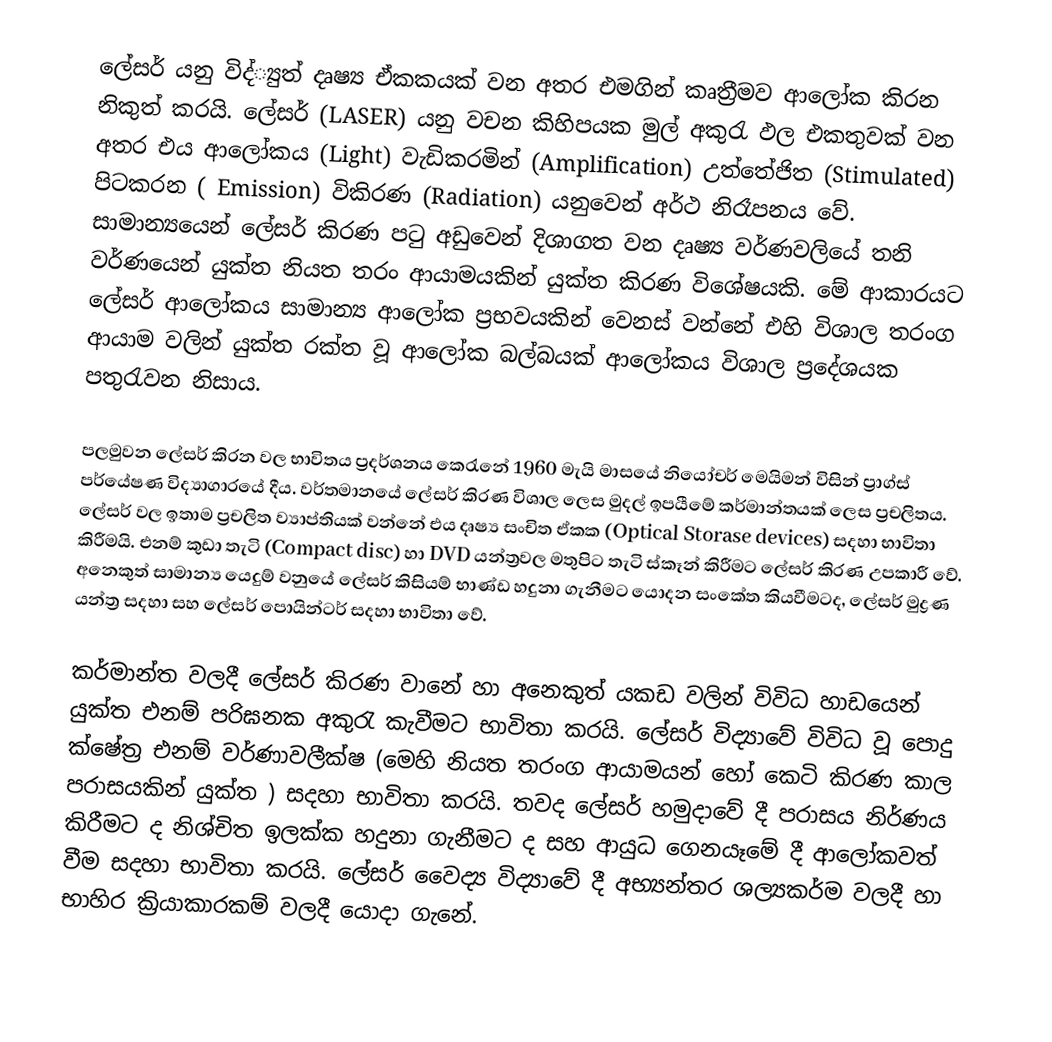
ලේසර් යනු විද්්‍යුත් දෘෂ්‍ය ඒකකයක් වන අතර එමගින් කෘත්‍රීමව ආලෝක කිරන නිකුත් කරයි. ලේසර්  (LASER) යනු වචන කිහිපයක මුල් අකුරැ ඵල එකතුවක් වන අතර එය ආලෝකය (Light) වැඩිකරමින්  (Amplification) උත්තේජිත  (Stimulated) පිටකරන ( Emission) විකිරණ (Radiation) යනුවෙන් අර්ථ නිරෑපනය වේ. සාමාන්‍යයෙන් ලේසර් කිරණ පටු අඩුවෙන් දිශාගත වන දෘෂ්‍ය වර්ණවලියේ තනි වර්ණයෙන්  යුක්ත නියත තරං ආයාමයකින් යුක්ත කිරණ විශේෂයකි. මේ ආකාරයට ලේසර් ආලෝකය සාමාන්‍ය ආලෝක ප්‍රභවයකින් වෙනස් වන්නේ එහි විශාල තරංග ආයාම වලින් යුක්ත රක්ත වූ ආලෝක බල්බයක් ආලෝකය විශාල ප්‍රදේශයක පතුරැවන නිසාය.

පලමුවන ලේසර් කිරන වල භාවිතය ප්‍රදර්ශනය කෙ‍රැනේ 1960 මැයි මාසයේ නියෝචර් මෙයිමන් විසින් ප්‍රාග්ස් පර්යේෂණ විද්‍යාගාරයේ දීය. වර්තමානයේ  ලේසර් කිරණ විශාල ලෙස මුදල් ඉපයීමේ කර්මාන්තයක් ලෙස ප්‍රචලිතය. ලේසර් වල ඉතාම ප්‍රචලිත ව්‍යාප්තියක් වන්නේ එය දෘෂ්‍ය සංචිත ඒකක (Optical Storase devices)   සදහා භාවිතා කිරීමයි. එනම් කුඩා තැටි (Compact disc) හා  DVD  යන්ත්‍රවල මතුපිට තැටි ස්කෑන් කිරීමට ලේසර් කිරණ උපකාරී වේ. අනෙකුත් සාමාන්‍ය යෙදුම් වනුයේ ලේසර් කිසියම් භාණ්ඩ හදුනා ගැනීමට යොදන සංකේත කියවී‍මටද, ලේසර් මුද්‍රණ යන්ත්‍ර සදහා සහ ලේසර් ‍පොයින්ටර් සදහා භාවිතා වේ.

කර්මාන්ත වලදී ලේසර් කිරණ වානේ හා අනෙකුත් යකඩ වලින් විවිධ හාඩයෙන් යුක්ත එනම් පරිඝනක අකුරැ කැවීමට භාවිතා කරයි. ලේසර් විද්‍යාවේ විවිධ වූ පොදු ක්ෂේත්‍ර එනම් වර්ණාවලීක්ෂ (මෙහි නියත තරංග ආයාමයන් හෝ කෙටි කිරණ කාල පරාසයකින් යුක්ත ) සදහා භාවිතා කරයි. තවද  ලේසර් හමුදාවේ දී පරාසය නිර්ණය කිරීමට  ද නිශ්චිත ඉලක්ක හදුනා ගැනීමට ද සහ ආයුධ ගෙනයෑමේ දී ආලෝකවත් වීම සදහා  භාවිතා කරයි. ලේසර් වෛද්‍ය විද්‍යාවේ දී අභ්‍යන්තර ශල්‍යකර්ම වලදී හා භාහිර ක්‍රියාකාරකම් වලදී යොදා ගැනේ.